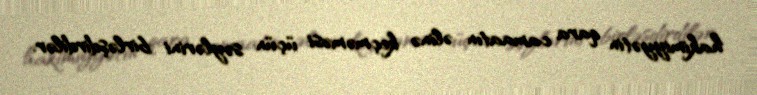
hakimiyyətin qara camaatın əlinə keçməməsi üçün səylərini birləşdirdilər.